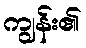
ကျွန်း၏